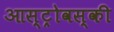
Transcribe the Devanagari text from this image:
आस्ट्रोवस्की